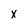
Character: x